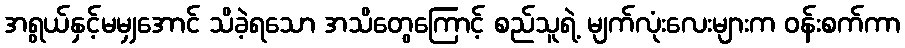
အရွယ်နှင့်မမျှအောင် သိခဲ့ရသော အသိတွေကြောင့် စည်သူရဲ့ မျက်လုံးလေးများက ဝန်းစက်ကာ